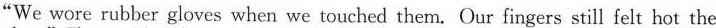
"We wore rubber gloves when we touched them. Our fingers still felt hot the